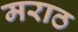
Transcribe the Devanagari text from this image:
मराठ